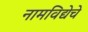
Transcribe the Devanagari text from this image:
नामविद्येचे